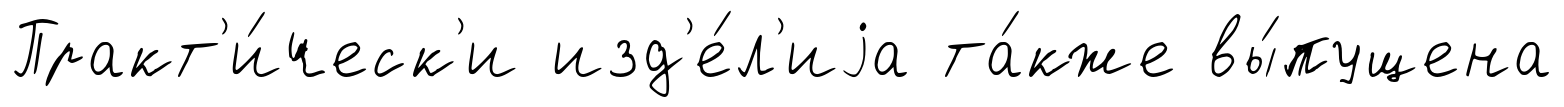
Практ'и́ческ'и изд'е́л'иjа та́кже вы́пущена